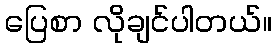
ပြေစာ လိုချင်ပါတယ်။